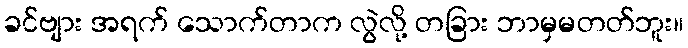
ခင်ဗျား အရက် သောက်တာက လွဲလို့ တခြား ဘာမှမတတ်ဘူး။